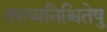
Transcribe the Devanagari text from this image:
तरुष्वनिश्चितेषु